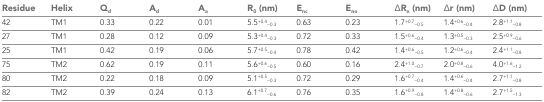
| Residue | Helix | Qd | Ad | Aa | R0 (nm) | Enc | Eno | ΔRn (nm) | Δr (nm) | ΔD (nm) |
 | --- | --- | --- | --- | --- | --- | --- | --- | --- | --- | --- |
 | 42 | TM1 | 0.33 | 0.22 | 0.01 | 5.5+0.4−0.3 | 0.63 | 0.23 | 1.7+0.7−0.5 | 1.4+0.6−0.4 | 2.8+1.1−0.8 |
 | 27 | TM1 | 0.28 | 0.12 | 0.09 | 5.3+0.4−0.3 | 0.72 | 0.33 | 1.5+0.6−0.4 | 1.3+0.5−0.3 | 2.5+0.9−0.6 |
 | 25 | TM1 | 0.42 | 0.19 | 0.06 | 5.7+0.5−0.4 | 0.78 | 0.42 | 1.4+0.6−0.5 | 1.2+0.6−0.4 | 2.4+1.1−0.8 |
 | 75 | TM2 | 0.62 | 0.19 | 0.11 | 5.6+0.6−0.5 | 0.60 | 0.16 | 2.4+1.0−0.7 | 2.0+0.8−0.6 | 4.0+1.6−1.2 |
 | 80 | TM2 | 0.22 | 0.18 | 0.09 | 5.1+0.5−0.3 | 0.72 | 0.29 | 1.6+0.7−0.4 | 1.4+0.6−0.4 | 2.7+1.1−0.8 |
 | 82 | TM2 | 0.39 | 0.24 | 0.13 | 6.1+0.7−0.6 | 0.76 | 0.35 | 1.6+0.9−0.8 | 1.4+0.8−0.6 | 2.7+1.5−1.3 |